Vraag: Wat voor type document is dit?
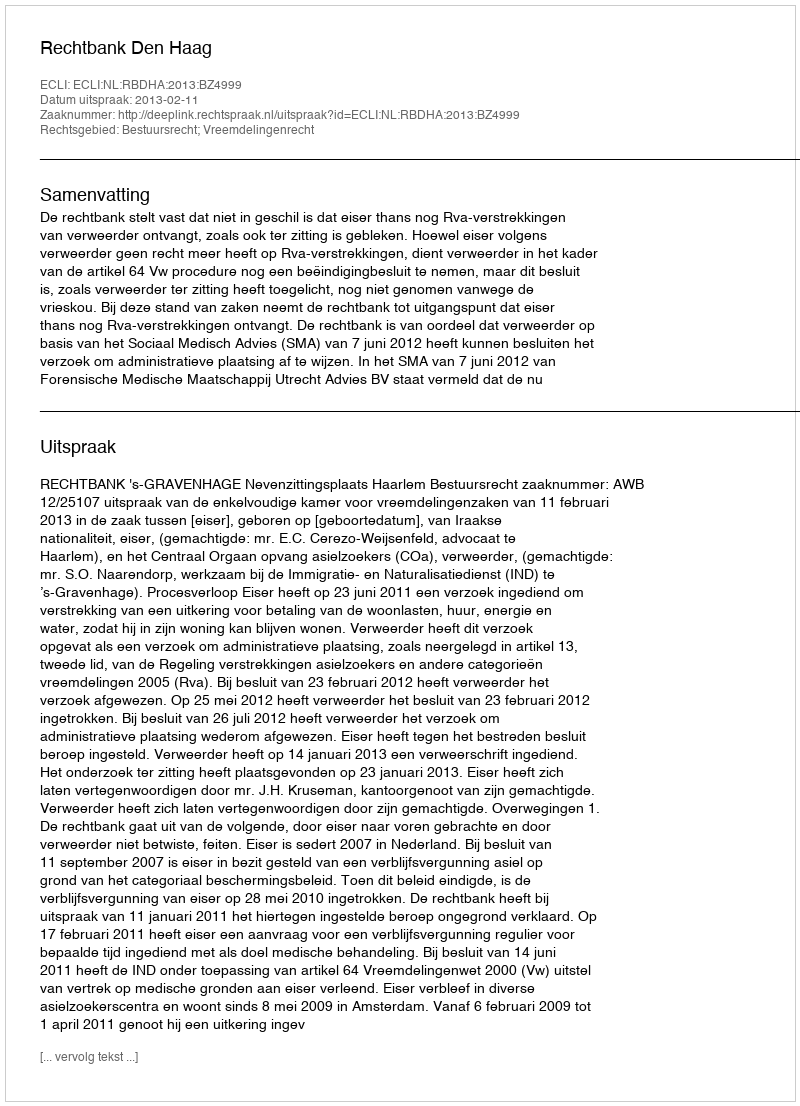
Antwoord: Uitspraak